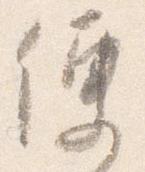
便